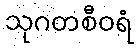
သုဂတစီဝရံ